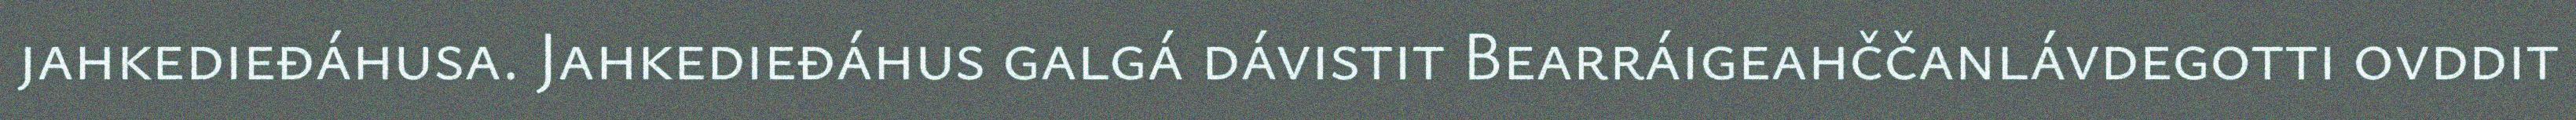
jahkedieđáhusa. Jahkedieđáhus galgá dávistit Bearráigeahččanlávdegotti ovddit